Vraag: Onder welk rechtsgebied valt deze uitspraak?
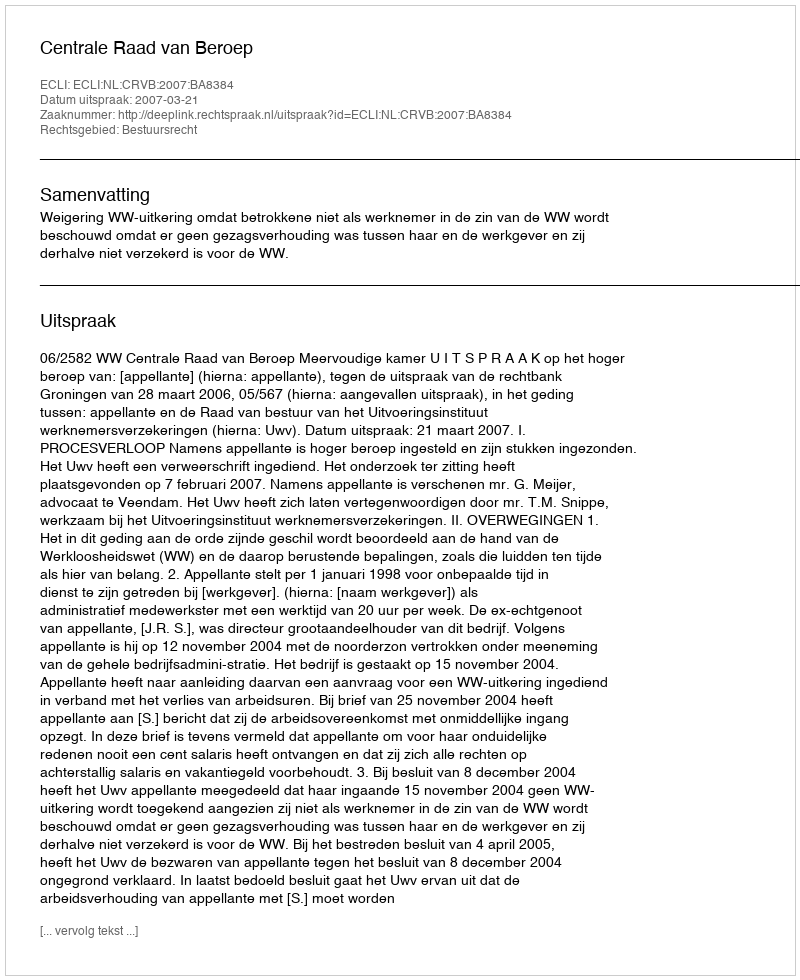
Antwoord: Bestuursrecht